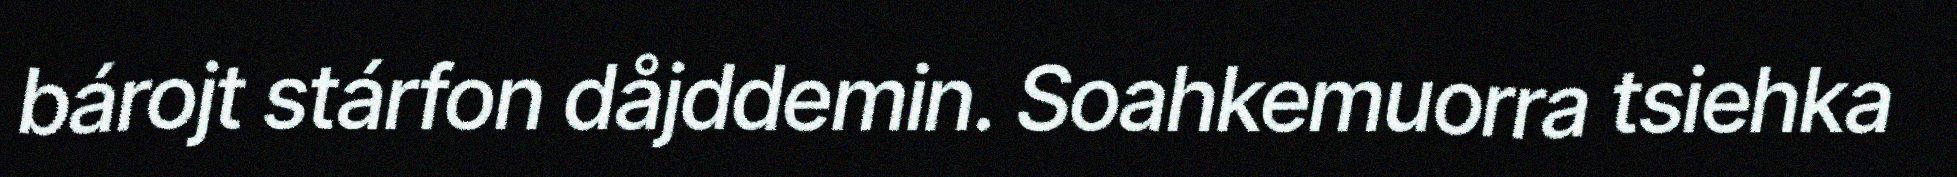
bárojt stárfon dåjddemin. Soahkemuorra tsiehka